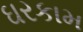
ઘરકામ